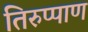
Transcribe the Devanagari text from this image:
तिरुप्पाण